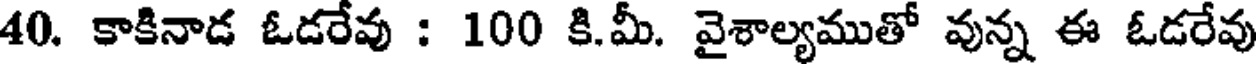
40. కాకినాడ ఓడరేవు : 100 కి.మీ. వైశాల్యముతో వున్న ఈ ఓడరేవు